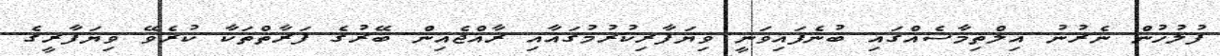
ފުލުހުން ނެރުނު އިލްތިމާސެއްގައި ބުނެފައިވަނީ ވިޔަފާރިކުރުމުގައާއި ރާއްޖެއިން ބޭރުގެ ފަރާތްތަކާ ކުރެވޭ ވިޔަފާރީގެ